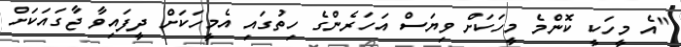
"އެ މީހަކީ ކޮންމެ މީހަކަށް ވިޔަސް އަހަރެންގެ ހިތުގައި އެމީހަކަށް ދީފައިވާ ޖާގައަކަށް